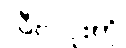
လီဗာပူးကို